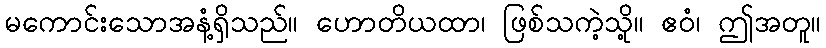
မကောင်းသောအနံ့ရှိသည်။ ဟောတိယထာ၊ ဖြစ်သကဲ့သို့။ ဧဝံ၊ ဤအတူ။